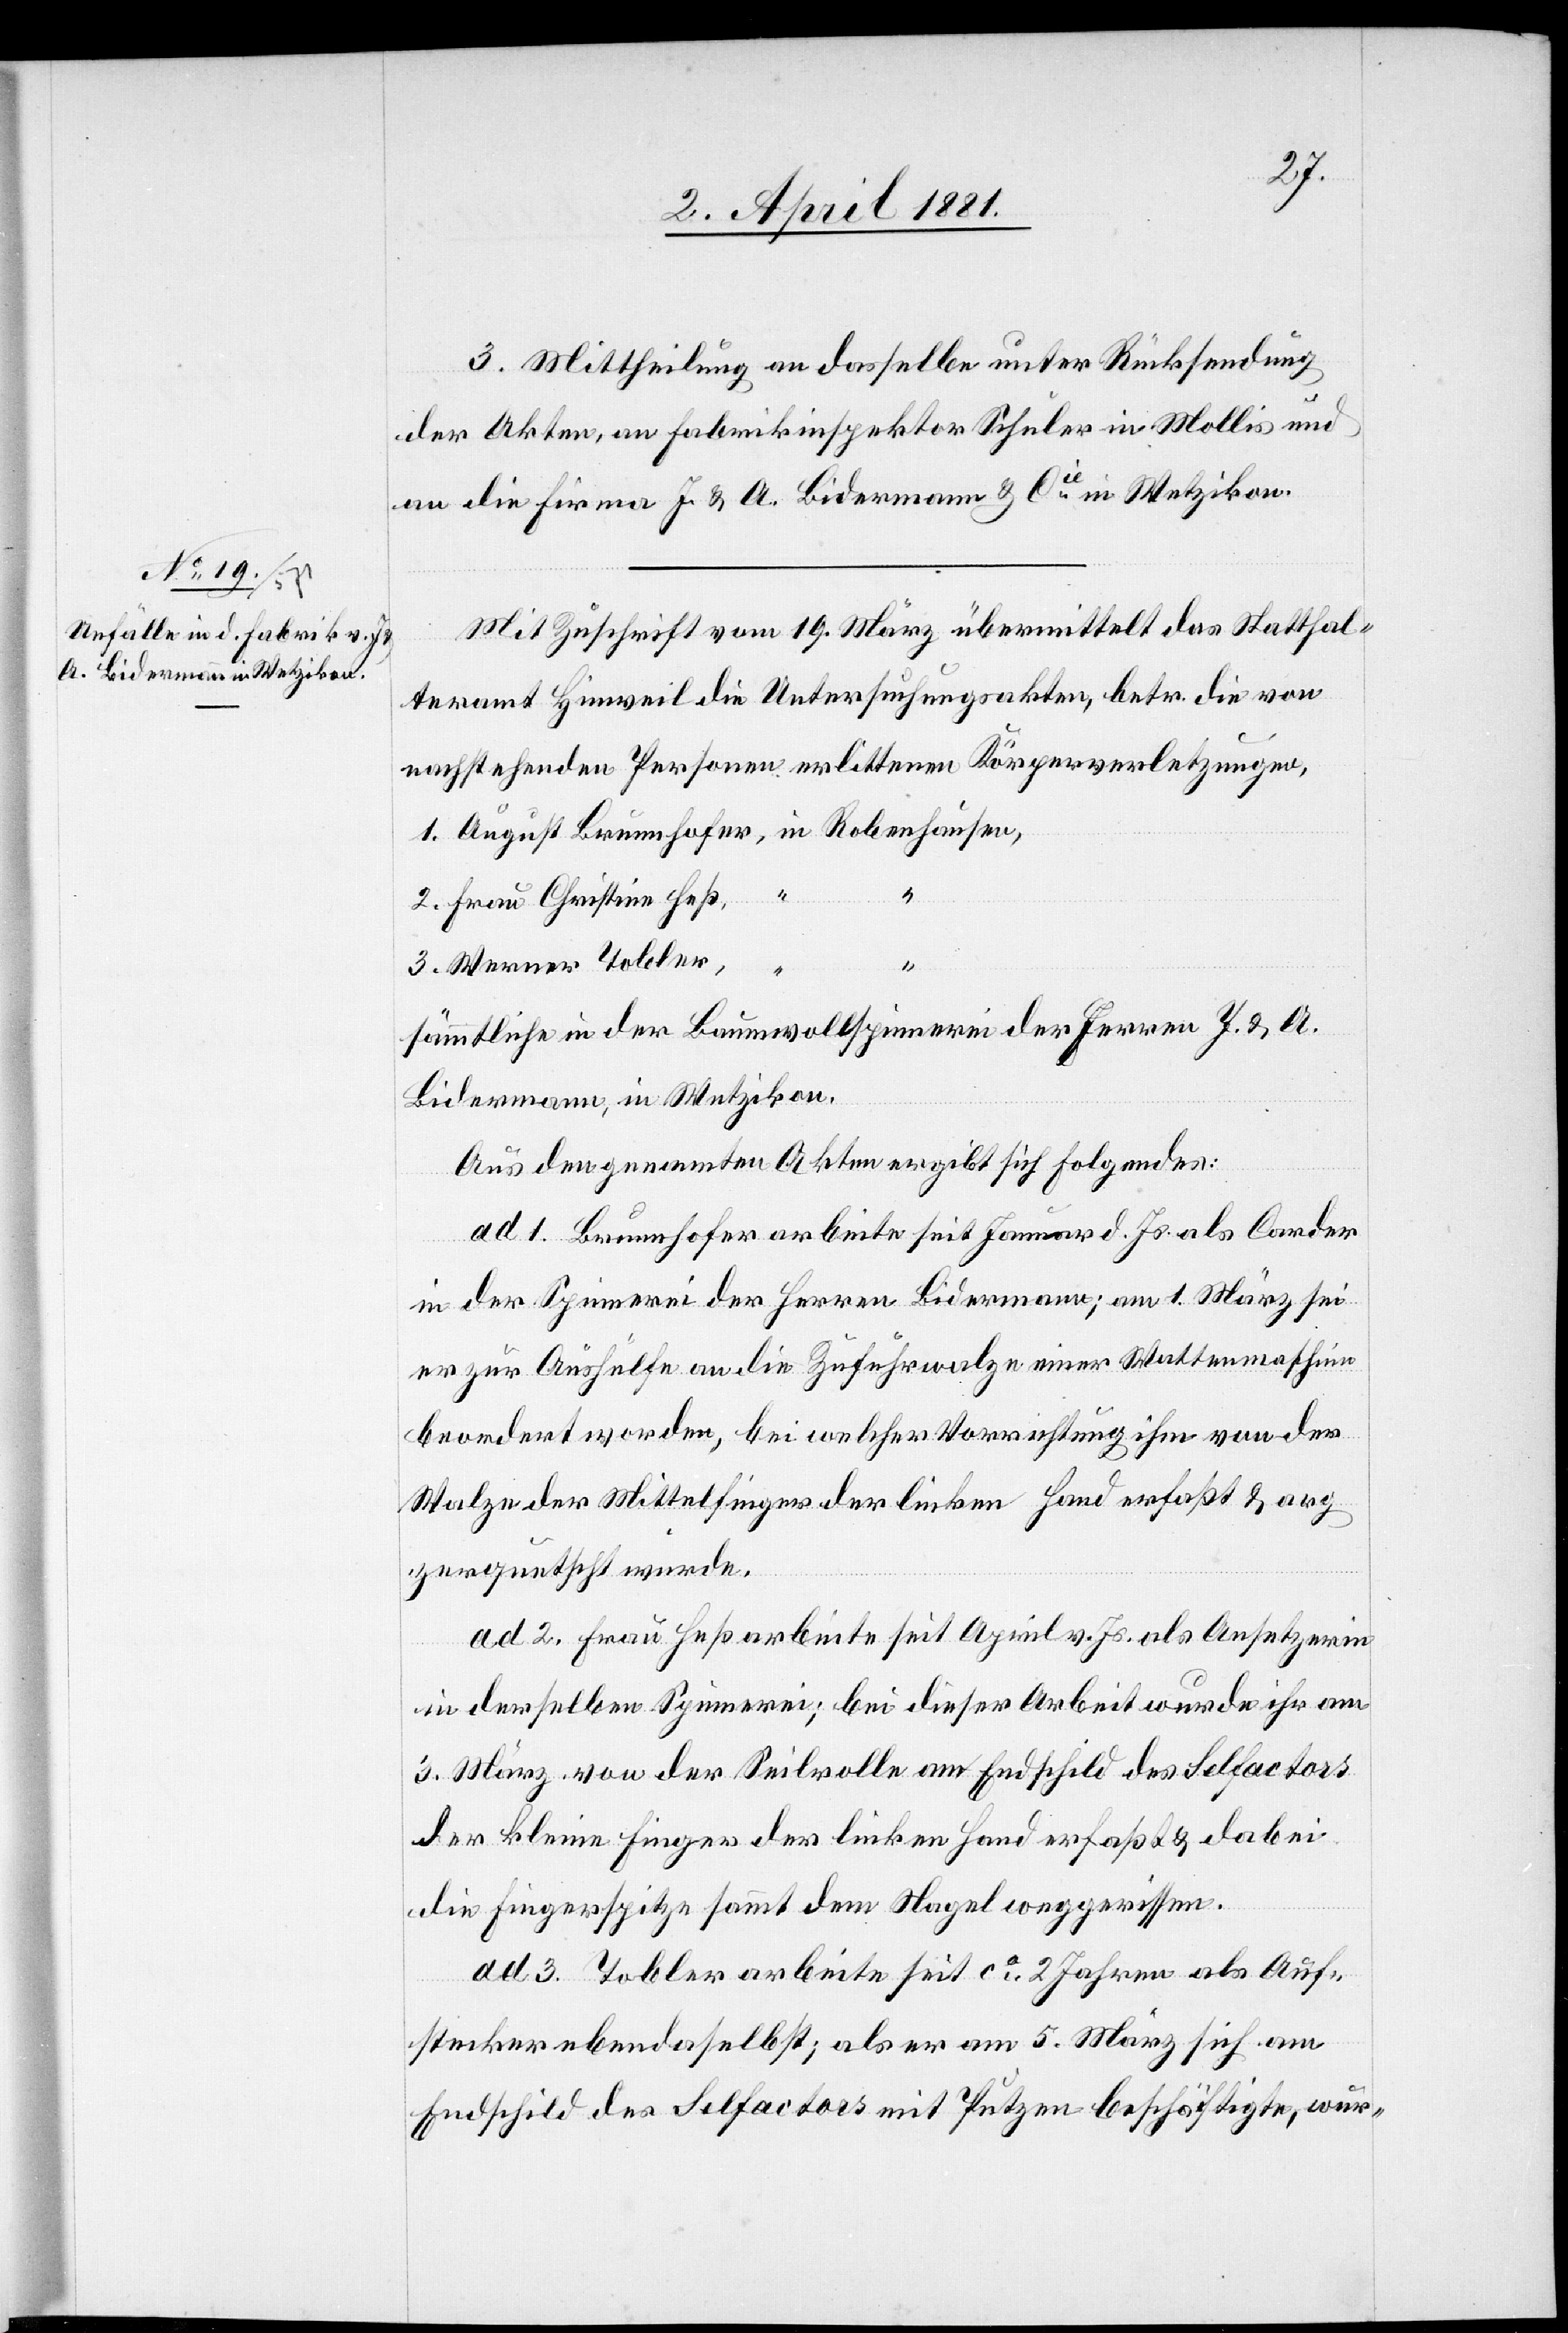
2.
3. Mittheilung an dasselbe unter Rücksendung
der Akten, an Fabrikinspektor Schuler in Mollis und
an die Firmen J. & A. Bidermann & Cie in Wetzikon.
Mit Zuschrift vom 19. März übermittelt das Statthal¬
teramt Hinweil die Untersuchungsakten, betr. die von
nachstehenden Personen erlittenen Körperverletzungen,
Frau Christine Heß,
Werner Tobler,
“
“
sämmtliche in der Baumwollspinnerei der Herren J. & A.
Bidermann, in Wetzikion.
Aus den genannten Akten ergibt sich folgendes:
ad 1. Brunnhofer arbeite seit Januar d. Js. als Carder
in der Spinnerei der Herren Bidermann; am 1. März sei
er zur Aushülfe an die Zufuhrwalze einer Wattenmaschine
beordert worden, bei welcher Vorrichtung ihm von der
Walze der Mittelfinger der linken Hand erfaßt & arg
zerquetscht wurde.
ad 2. Frau Heß arbeite seit April v. Js. als Ansetzerin
in derselben Spinnerei; bei dieser Arbeit wurde ihr am
3. März von der Seilrolle am Endschild des Selfactors
der kleine Finger der linken Hand erfaßt & dabei
die Fingerspitze sammt dem Nagel weggerissen.
ad 3. Tobler arbeite seit ca. 2 Jahren als Auf¬
stecker ebendaselbst; als er am 5. März sich am
Endschild des Selfactors mit Putzen beschäftigte, wur-